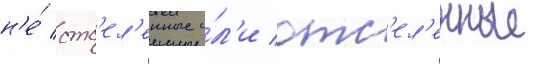
н'е́ отс'ел'енные и́л'и отс'ел'енные